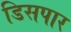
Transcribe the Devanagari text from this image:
डिसपार